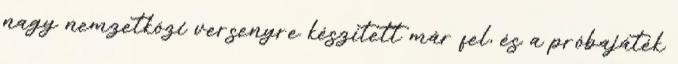
nagy nemzetközi versenyre készített már fel, és a próbajáték